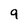
Character: 9